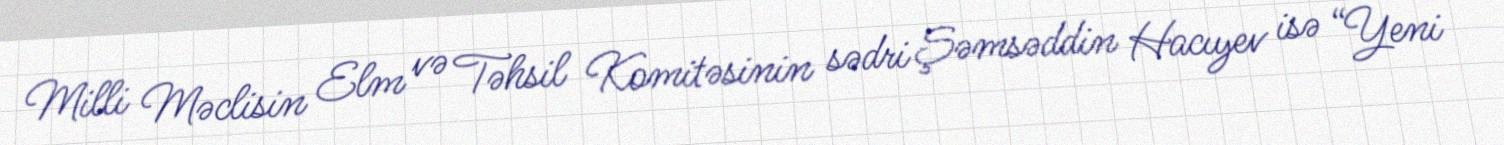
Milli Məclisin Elm və Təhsil Komitəsinin sədri Şəmsəddin Hacıyev isə “Yeni